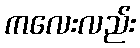
ကလေးလည်း